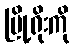
မြို့ရိုးကို